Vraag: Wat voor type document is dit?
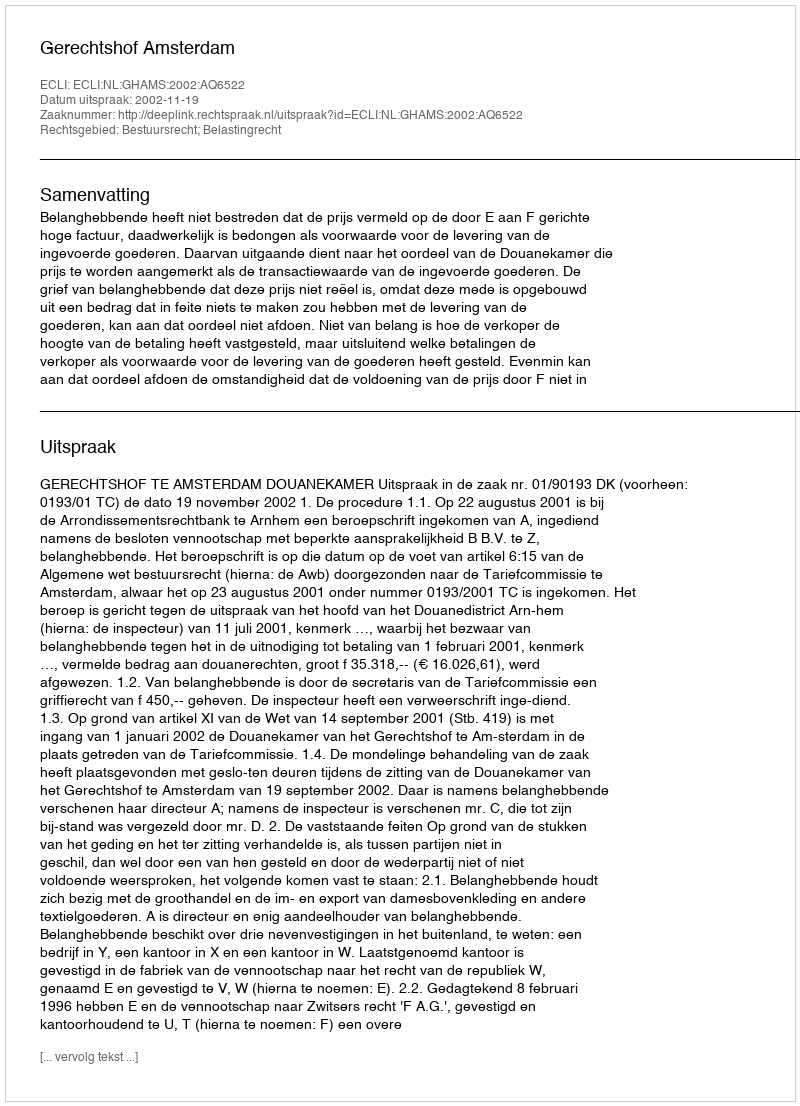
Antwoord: Uitspraak